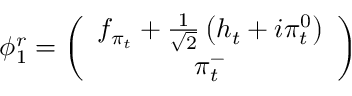
\phi _ { 1 } ^ { r } = \left( \begin{array} { c } { { f _ { \pi _ { t } } + \frac { 1 } { \sqrt { 2 } } \left( h _ { t } + i \pi _ { t } ^ { 0 } \right) } } \\ { { \pi _ { t } ^ { - } } } \end{array} \right)